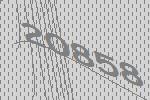
20858